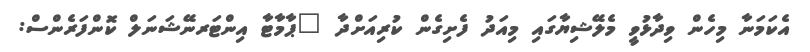
އެކަމަނާ މިހެން ވިދާޅުވީ މެލޭޝިޔާގައި މިއަދު ފެށިގެން ކުރިއަށްދާ "ޕާމާޓާ އިންޓަރނޭޝަނަލް ކޮންފަރެންސް: